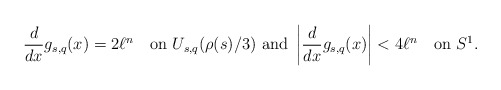
\begin{align*}\frac{d}{dx} g_{s,q}(x)=2\ell^n\quad\mbox{on $U_{s,q}(\rho(s)/3)$ and }\left|\frac{d}{dx} g_{s,q}(x)\right|<4\ell^n \quad\mbox{on $S^1$.}\end{align*}